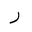
Letter: _ra